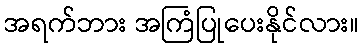
အရက်ဘား အကြံပြုပေးနိုင်လား။